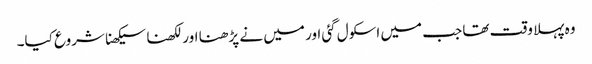
وہ پہلا وقت تھا جب میں اسکول گئی اور میں نے پڑھنا اور لکھنا سیکھنا شروع کیا۔